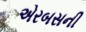
એરબસની